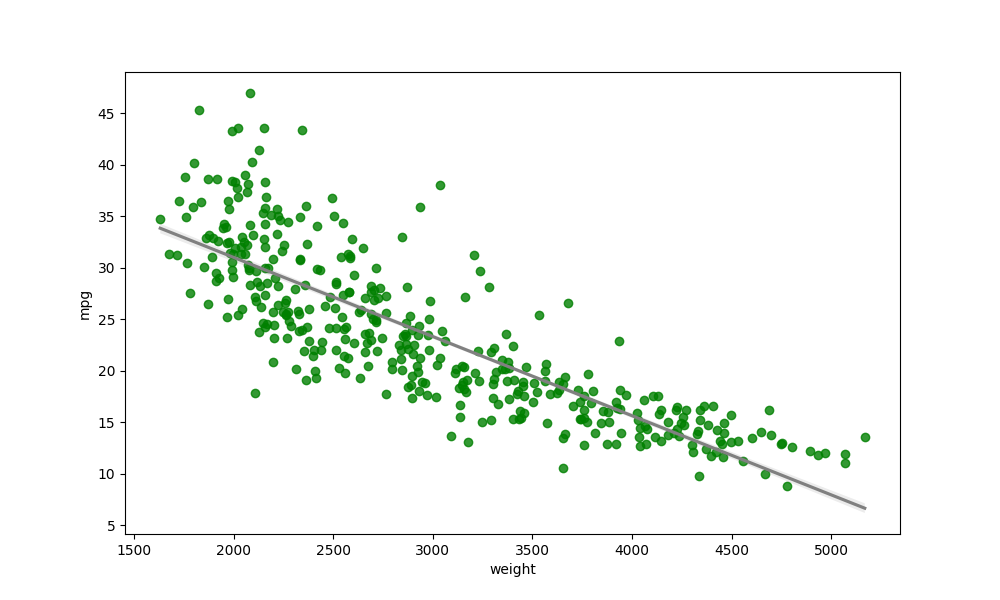
python, seaborn, regplot, order=1, ci=68, scatter_color=green, line_color=gray